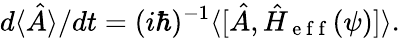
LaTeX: d\langle\hat{A}\rangle/dt=(i\hbar)^{-1}\langle\lbrack\hat{A},\hat{H}_{\mathrm{~e~f~f~}}(\psi)]\rangle.